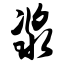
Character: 浆